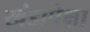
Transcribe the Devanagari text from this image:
खंडापेक्षा